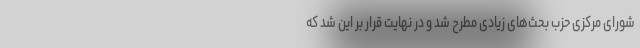
شورای مرکزی حزب بحث‌های زیادی مطرح شد و در نهایت قرار بر این شد که